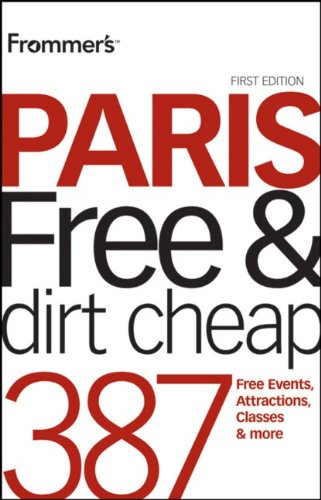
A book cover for Frommer's Paris Free and Dirt Cheap (Frommer's Free & Dirt Cheap); Anna E. Brooke; Travel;